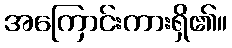
အကြောင်းကားရှိ၏။